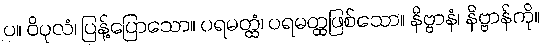
ပ။ ဝိပုလံ၊ ပြန့်ပြောသော။ ပရမတ္ထံ၊ ပရမတ္ထဖြစ်သော။ နိဗ္ဗာနံ၊ နိဗ္ဗာန်ကို။